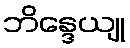
ဘိန္ဒေယျု